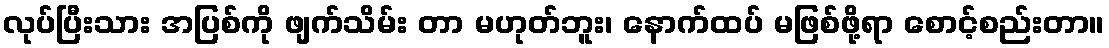
လုပ်ပြီးသား အပြစ်ကို ဖျက်သိမ်း တာ မဟုတ်ဘူး၊ နောက်ထပ် မဖြစ်ဖို့ရာ စောင့်စည်းတာ။